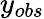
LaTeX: y_{obs}